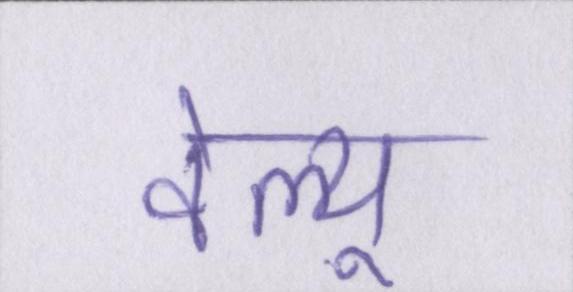
वेल्यू